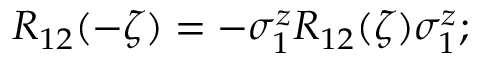
R _ { 1 2 } ( - \zeta ) = - \sigma _ { 1 } ^ { z } R _ { 1 2 } ( \zeta ) \sigma _ { 1 } ^ { z } ;